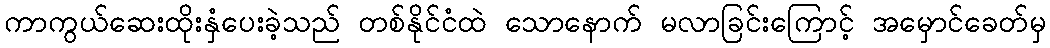
ကာကွယ်ဆေးထိုးနှံပေးခဲ့သည် တစ်နိုင်ငံထဲ သောနောက် မလာခြင်းကြောင့် အမှောင်ခေတ်မှ